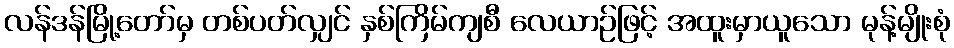
လန်ဒန်မြို့တော်မှ တစ်ပတ်လျှင် နှစ်ကြိမ်ကျစီ လေယာဉ်ဖြင့် အထူးမှာယူသော မုန့်မျိုးစုံ